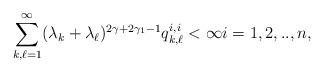
LaTeX: \begin{align*}\sum_{k,\ell =1}^{\infty }(\lambda _{k}+\lambda _{\ell })^{2\gamma+2\gamma_1-1}q_{k,\ell }^{i,i}<\infty i=1,2,..,n, \end{align*}